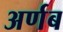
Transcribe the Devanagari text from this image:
अर्णब